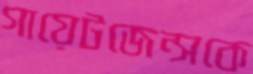
গায়েটজেন্সকে